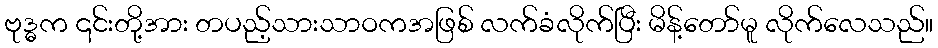
ဗုဒ္ဓက ၎င်းတို့အား တပည့်သားသာဝကအဖြစ် လက်ခံလိုက်ပြီး မိန့်တော်မူ လိုက်လေသည်။